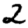
Digit: 2